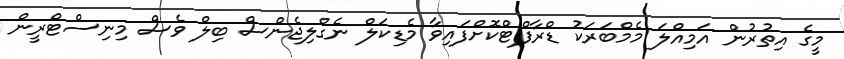
މީގެ އިތުުރުން އަމިއްލަ މެމްބަރަކު ޑްރާފްޓްކޮށްފައިވާ މެޑިކަލް ނެގްލިޖެންސް ބިލް ވެސް މިނިސްޓްރީން